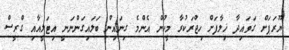
ޔޫރަޕަށް ގަވައިދާ ޚިލާފަށް ހިޖްރަކުރާ މީހުން އެންމެ ގިނައިން ބަލައިގަންނަނީ އިޓަލީއާއި ގްރީސް